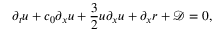
\partial _ { t } u + c _ { 0 } \partial _ { x } u + \frac { 3 } { 2 } u \partial _ { x } u + \partial _ { x } r + \mathcal { D } = 0 ,